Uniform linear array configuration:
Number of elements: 32
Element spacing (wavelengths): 0.5
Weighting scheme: cosine
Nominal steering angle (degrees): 15
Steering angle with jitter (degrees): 15.718
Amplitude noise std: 0.05
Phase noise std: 0.05

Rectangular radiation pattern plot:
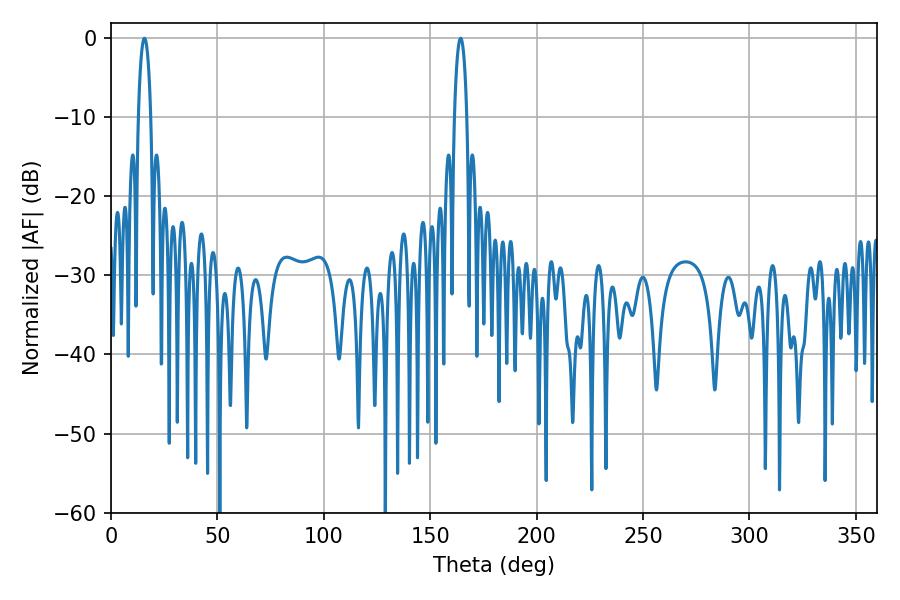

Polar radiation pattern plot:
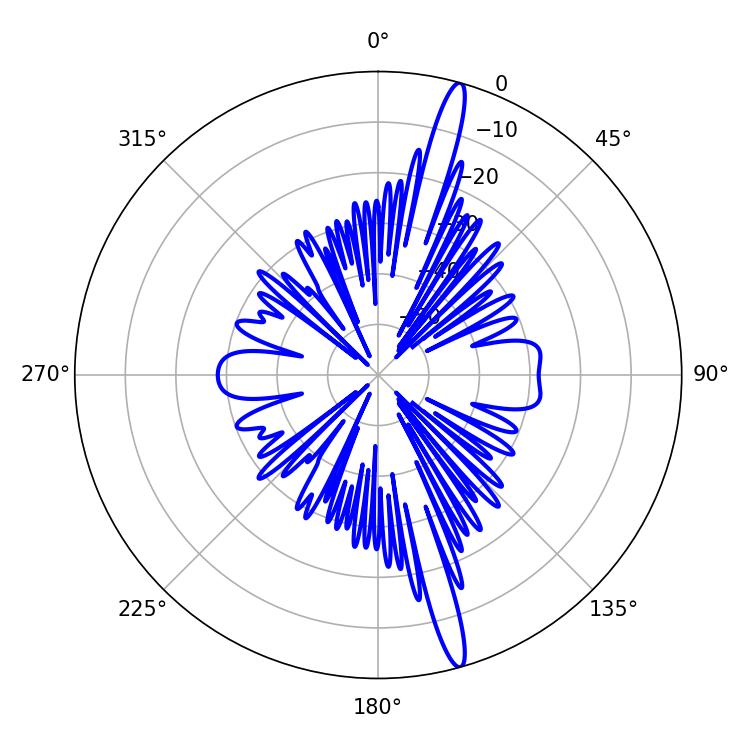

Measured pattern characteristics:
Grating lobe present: FALSE
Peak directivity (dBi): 17.494
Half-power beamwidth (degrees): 3.42
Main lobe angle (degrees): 15.66